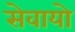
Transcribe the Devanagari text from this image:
सेवायो